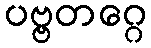
ပဗ္ဗတဂ္ဂေ